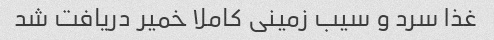
غذا سرد و سیب زمینی کاملا خمیر دریافت شد